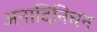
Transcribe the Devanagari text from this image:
अनादिनिधन